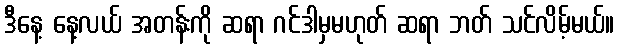
ဒီနေ့ နေ့လယ် အတန်းကို ဆရာ ဂင်ဒါမှမဟုတ် ဆရာ ဘတ် သင်လိမ့်မယ်။